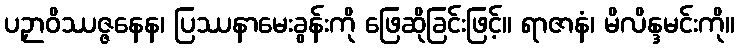
ပဉှာဝိဿဇ္ဇနေန၊ ပြဿနာမေးခွန်းကို ဖြေဆိုခြင်းဖြင့်။ ရာဇာနံ၊ မိလိန္ဒမင်းကို။